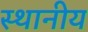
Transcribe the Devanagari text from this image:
स्थानीय